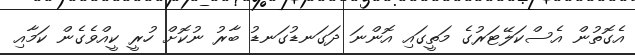
އެގޮތުން އެސްކަލޭޓަރުގެ މަތީގައި އޮންނަ ދަގަނޑުގަނޑު ބާރު ނުކޮށް ހުރީ ކީއްވެގެން ކަމާއި